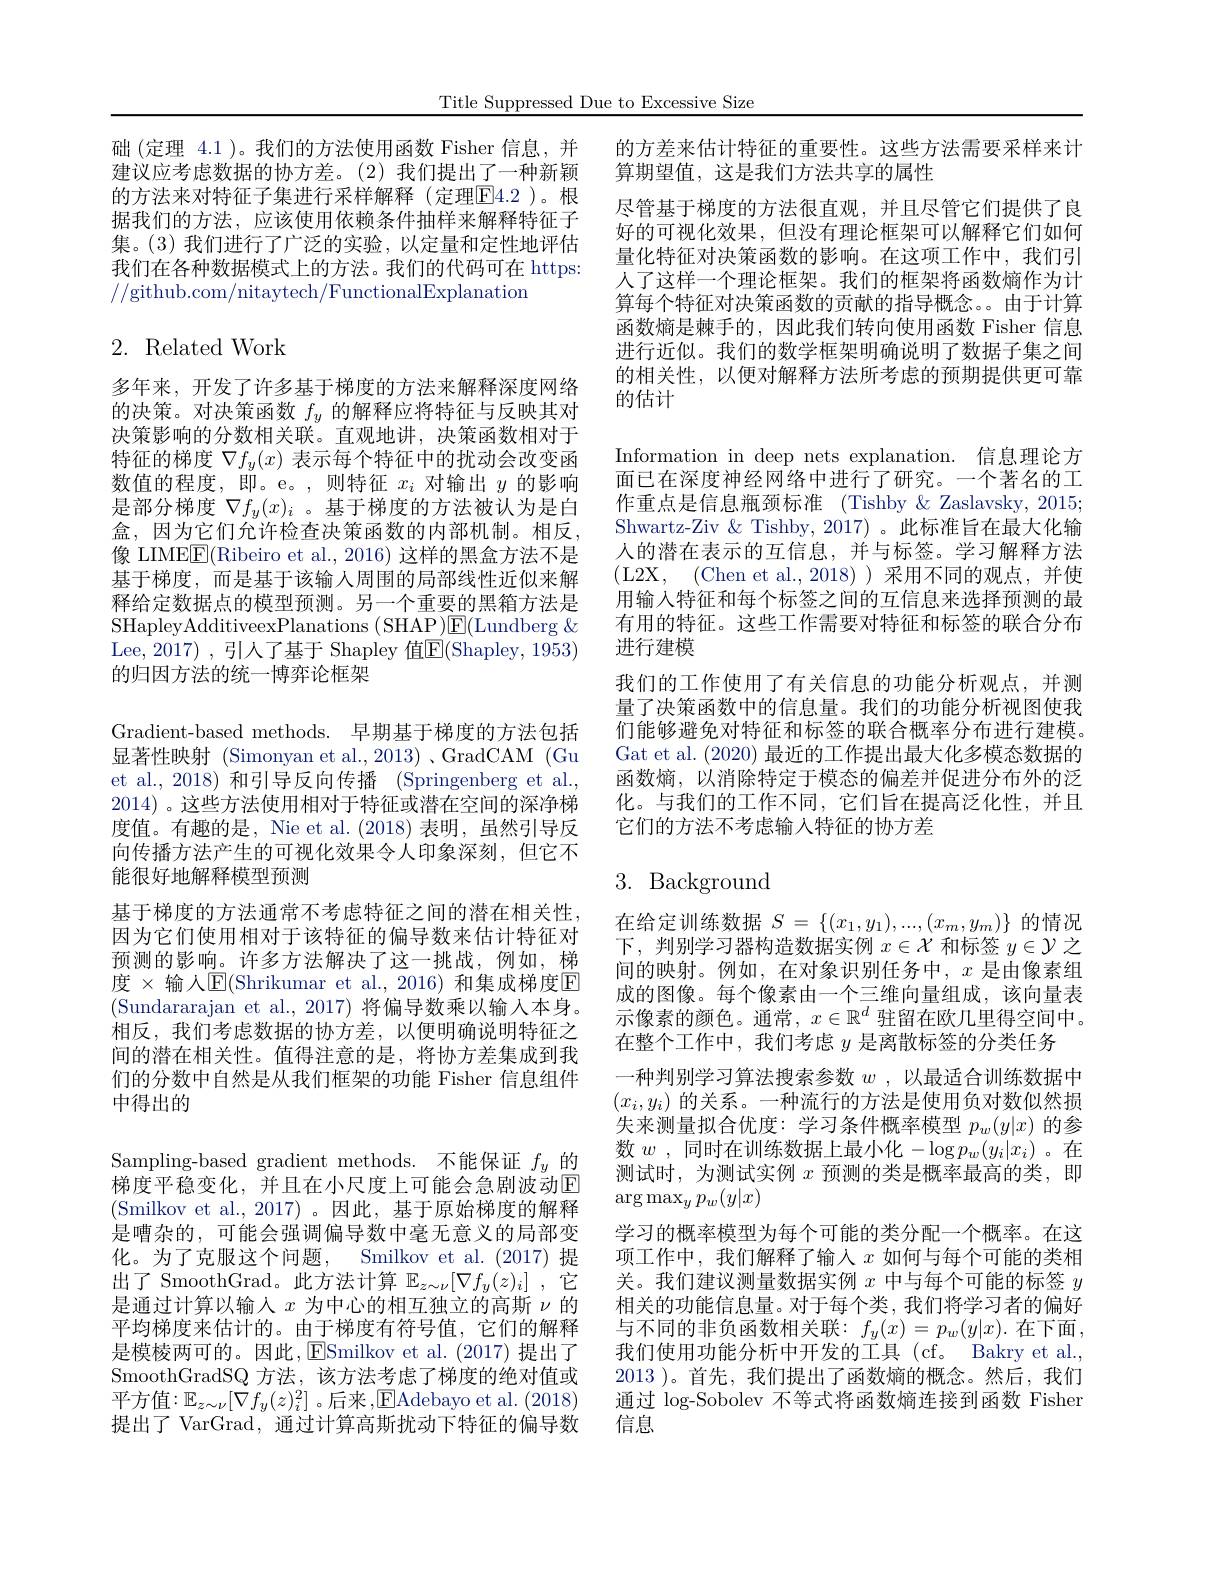
Title Suppressed Due to Excessive Size

础 (定理 4.1 )。我们的方法使用函数 Fisher 信息，并 的方差来估计特征的重要性。这些方法需要采样来计
建议应考虑数据的协方差。(2)我们提出了一种新颖 算期望值，这是我们方法共享的属性
的方法来对特征子集进行采样解释(定理$\boxed{\mathrm{E}}4.2$ )。根据我们的方法，应该使用依赖条件抽样来解释特征子集。(3)我们进行了广泛的实验，以定量和定性地评估我们在各种数据模式上的方法。我们的代码可在 https: //github.com/nitaytech/FunctionalExplanation

# 2. Related Work

多年来，开发了许多基于梯度的方法来解释深度网络的决策。对决策函数$f_y$的解释应将特征与反映其对决策影响的分数相关联。直观地讲，决策函数相对于特征的梯度$\nabla f_y(x)$表示每个特征中的扰动会改变函数值的程度，即。e。,则特征$x_i$对输出$y$的影响是部分梯度$\nabla f_y(x)_i$ 。基于梯度的方法被认为是白盒，因为它们允许检查决策函数的内部机制。相反， 像 LIME$\underline{\mathrm{E}}($Ribeiro et al., 2016) 这样的黑盒方法不是基于梯度，而是基于该输入周围的局部线性近似来解释给定数据点的模型预测。另一个重要的黑箱方法是SHapleyAdditiveexPlanations (SHAP)E(Lundberg $\&$ Lee, 2017) , 引人了基于 Shapley 值$\boxed{\mathrm{E}}($Shapley, 1953) 的归因方法的统一博弈论框架
Gradient-based methods. 早期基于梯度的方法包括显著性映射 (Simonyan et al.,2013) ,GradCAM (Gu et al., 2018) 和引导反向传播 (Springenberg et al., 2014) 。这些方法使用相对于特征或潜在空间的深净梯度值。有趣的是，Nie et al.(2018)表明，虽然引导反向传播方法产生的可视化效果令人印象深刻，但它不能很好地解释模型预测
基于梯度的方法通常不考虑特征之间的潜在相关性因为它们使用相对于该特征的偏导数来估计特征对预测的影响。许多方法解决了这一挑战，例如，梯度 $\times$ 输人$\mathbb{E}($Shrikumar et al.,2016) 和集成梯度E (Sundararajan et al., 2017) 将偏导数乘以输入本身。相反，我们考虑数据的协方差，以便明确说明特征之间的潜在相关性。值得注意的是，将协方差集成到我们的分数中自然是从我们框架的功能 Fisher 信息组件中得出的
Sampling-based gradient methods. 不能保证$f_y$的梯度平稳变化，并且在小尺度上可能会急剧波动$\mathbb{E}$ (Smilkov et al., 2017)。因此，基于原始梯度的解释是嘈杂的，可能会强调偏导数中毫无意义的局部变化。为了克服这个问题，Smilkov et al.(2017) 提出了 SmoothGrad。此方法计算$\mathbb{E}_z\sim\nu[\nabla f_y(z)_i]$ ,它是通过计算以输入$x$为中心的相互独立的高斯$\nu$的平均梯度来估计的。由于梯度有符号值，它们的解释是模棱两可的。因此，ESmilkov et al.(2017) 提出了SmoothGradSQ 方法，该方法考虑了梯度的绝对值或平方值$:\mathbb{E}_z\sim\nu[\nabla f_y(z)_i^2]$。后来，$\mathbb{E}$Adebayo et al.(2018) 提出了 VarGrad, 通过计算高斯扰动下特征的偏导数

尽管基于梯度的方法很直观，并且尽管它们提供了良好的可视化效果，但没有理论框架可以解释它们如何量化特征对决策函数的影响。在这项工作中，我们引人了这样一个理论框架。我们的框架将函数熵作为计算每个特征对决策函数的贡献的指导概念。由于计算函数熵是棘手的，因此我们转向使用函数 Fisher 信息进行近似。我们的数学框架明确说明了数据子集之间的相关性，以便对解释方法所考虑的预期提供更可靠的估计

Information in deep nets explanation. 信息理论方面已在深度神经网络中进行了研究。一个著名的工作重点是信息瓶颈标准 (Tishby &Zaslavsky, 2015; Shwartz-Ziv & Tishby, 2017) 。此标准旨在最大化输人的潜在表示的互信息，并与标签。学习解释方法(L2X, (Chen et al.,2018))采用不同的观点，并使用输入特征和每个标签之间的互信息来选择预测的最有用的特征。这些工作需要对特征和标签的联合分布进行建模
我们的工作使用了有关信息的功能分析观点，并测量了决策函数中的信息量。我们的功能分析视图使我们能够避免对特征和标签的联合概率分布进行建模。Gat et al. (2020)最近的工作提出最大化多模态数据的函数熵，以消除特定于模态的偏差并促进分布外的泛化。与我们的工作不同，它们旨在提高泛化性，并且它们的方法不考虑输入特征的协方差

# 3. Background

在给定训练数据$S=\{(x_1,y_1),...,(x_m,y_m)\}$的情况下，判别学习器构造数据实例$x\in\mathcal{X}$和标签$y\in\mathcal{Y}$之间的映射。例如，在对象识别任务中，$x$是由像素组成的图像。每个像素由一个三维向量组成，该向量表示像素的颜色。通常，$x\in\mathbb{R}^d$驻留在欧几里得空间中。在整个工作中，我们考虑$y$是离散标签的分类任务
一种判别学习算法搜索参数$w$ ,以最适合训练数据中$(x_i,y_i)$的关系。一种流行的方法是使用负对数似然损失来测量拟合优度：学习条件概率模型$p_w(y|x)$的参数$w$ ,同时在训练数据上最小化$-\log p_w(y_i|x_i)$ 。在测试时，为测试实例$x$预测的类是概率最高的类，即$\arg\max_yp_w(y|x)$
学习的概率模型为每个可能的类分配一个概率。在这项工作中，我们解释了输入$x$如何与每个可能的类相关。我们建议测量数据实例$x$中与每个可能的标签$y$ 相关的功能信息量。对于每个类，我们将学习者的偏好与不同的非负函数相关联$:f_y(x)=p_w(y|x).$在下面， 我们使用功能分析中开发的工具(cf。Bakry et al., 2013 )。首先，我们提出了函数熵的概念。然后，我们通过 log-Sobolev 不等式将函数熵连接到函数 Fisher 信息